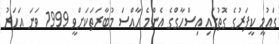
ގައުމީ ކީޕަރުގެ ގޮތުގައި އިސްހާގްގެ އެންމެ ހާއްސަ މުބާރަތަކަށްވީ 1999 ވަނަ އަހަރު